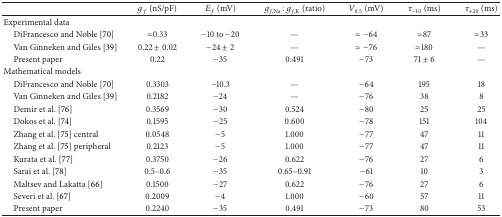
<table><thead><tr><td><b> </b></td><td><b><i>g</i><sub><i>f</i></sub> (nS/pF)</b></td><td><b><i>E</i><sub><i>f</i></sub> (mV)</b></td><td><b><i>g</i><sub><i>f</i>,Na</sub> : <i>g</i><sub><i>f</i>,K</sub> (ratio)</b></td><td><b><i>V</i><sub>0.5</sub> (mV)</b></td><td><b>τ<sub>−10</sub> (ms)</b></td><td><b>τ<sub>+20</sub> (ms)</b></td></tr></thead><tbody><tr><td>Experimental data</td><td> </td><td> </td><td> </td><td> </td><td> </td><td> </td></tr><tr><td> DiFrancesco and Noble [70]</td><td><i>≈</i>0.33</td><td>−10 to −20</td><td>—</td><td><i>≈</i>−64</td><td><i>≈</i>87</td><td><i>≈</i>33</td></tr><tr><td> van Ginneken and Giles [39]</td><td>0.22 ± 0.02</td><td>−24 ± 2</td><td>—</td><td><i>≈</i>−76</td><td><i>≈</i>180</td><td>—</td></tr><tr><td> Present paper</td><td>0.22</td><td>−35</td><td>0.491</td><td>−73</td><td>71 ± 6</td><td>—</td></tr><tr><td>Mathematical models</td><td> </td><td> </td><td> </td><td> </td><td> </td><td> </td></tr><tr><td> DiFrancesco and Noble [70]</td><td>0.3303</td><td>−10.3</td><td>—</td><td>−64</td><td>195</td><td>18</td></tr><tr><td> van Ginneken and Giles [39]</td><td>0.2182</td><td>−24</td><td>—</td><td>−76</td><td>38</td><td>8</td></tr><tr><td> Demir et al. [76]</td><td>0.3569</td><td>−30</td><td>0.524</td><td>−80</td><td>25</td><td>25</td></tr><tr><td> Dokos et al. [74]</td><td>0.1595</td><td>−25</td><td>0.600</td><td>−78</td><td>151</td><td>104</td></tr><tr><td> Zhang et al. [75] central</td><td>0.0548</td><td>−5</td><td>1.000</td><td>−77</td><td>47</td><td>11</td></tr><tr><td> Zhang et al. [75] peripheral</td><td>0.2123</td><td>−5</td><td>1.000</td><td>−77</td><td>47</td><td>11</td></tr><tr><td> Kurata et al. [77]</td><td>0.3750</td><td>−26</td><td>0.622</td><td>−76</td><td>27</td><td>6</td></tr><tr><td> Sarai et al. [78]</td><td>0.5–0.6</td><td>−35</td><td>0.65–0.91</td><td>−61</td><td>10</td><td>3</td></tr><tr><td> Maltsev and Lakatta [66]</td><td>0.1500</td><td>−27</td><td>0.622</td><td>−76</td><td>27</td><td>6</td></tr><tr><td> Severi et al. [67]</td><td>0.2009</td><td>−4</td><td>1.000</td><td>−60</td><td>57</td><td>11</td></tr><tr><td> Present paper</td><td>0.2240</td><td>−35</td><td>0.491</td><td>−73</td><td>80</td><td>53</td></tr></tbody></table>